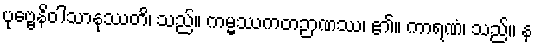
ပုဗ္ဗေနိဝါသာနုဿတိ၊ သည်။ ကမ္မဿကတဉာဏဿ၊ ၏။ ကာရဏံ၊ သည်။ န